Cholera in southern India
Disease focus: Cholera
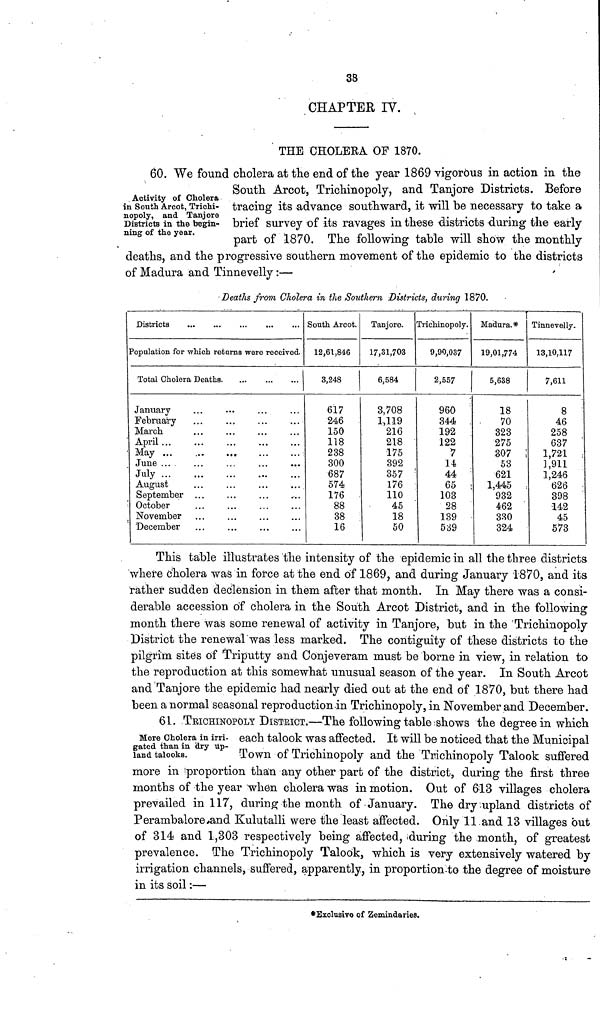
38
CHAPTER IT.
THE CHOLERA OF 1870.
Activity of Cholera
in South Arcot, Trichi-
nopoly, and Tanjore
Districts in the begin-
ning of the year.
60. We found cholera at the end of the year 1869 vigorous in action in the
South Arcot, Trichinopoly, and Tanjore Districts. Before
tracing its advance southward, it will be necessary to take a
brief survey of its ravages in these districts during the early
part of 1870. The following table will show the monthly
deaths, and the progressive southern movement of the epidemic to the districts
of Madura and Tinnevelly :—
Deaths from Cholera in the Southern Districts, during 1870.
Districts
Population for -which retaros were received.
Total Cholera Deaths.
January
February
...
...
...
...
March
April ...
...
May
June ...
July
August
September ...
October
November
December
South Arcot.
12,61,846
3,248
617
246
150
118
238
300
687
574
176
88
38
16
Tanjore.
17,31,703
6,584
3,708
1,119
216
218
175
392
357
176
110
45
18
50
Trichinopoly.
9,90,037
2,557
960
344
192
122
7
14
44
65
103
28
139
539
Madura.*
19,01,774
5,638
18
70
323
275
307
53
621
1,445
932
462
330
324
Tinnevelly.
13,10,117
7,611
8
46
258
637
1,721
1,911
1,246
626
398
142
45
573
This table illustrates the intensity of the epidemic in all the three districts
where cholera was in force at the end of 1869, and during January 1870, and its
rather sudden declension in them after that month. In May there was a consi-
derable accession of cholera in the South Arcot District, and in the following
month there was some renewal of activity in Tanjore, but in the Trichinopoly
District the renewal was less marked. The contiguity of these districts to the
pilgrim sites of Triputty and Oonjeveram must be borne in view, in relation to
the reproduction at this somewhat unusual season of the year. In South Arcot
and Tanjore the epidemic had nearly died out at the end of 1870, but there had
been a normal seasonal reproduction in Trichinopoly, in November and December.
More Cholera in irri-
gated than in dry up-
land talooks.
61. TRICHINOPOLY DISTRICT.—The following; table shows the degree in which
each talook was affected. It will be noticed that the Municipal
Town of Trichinopoly and the Trichinopoly Talook suffered
more in proportion than any other part of the district, during the first three
months of the year when cholera was in motion. Out of 613 villages cholera
prevailed in 117, during the month of January. The dry upland districts of
Perambalore and Kulutalli were the least affected. Only 11 and 13 villages but
of 314 and 1,303 respectively being affected, during the month, of greatest
prevalence. The Trichinopoly Talook, which is very extensively watered by
irrigation channels, suffered, apparently, in proportion to the degree of moisture
in its soil :—
*Exclusivo of Zemindaries.